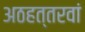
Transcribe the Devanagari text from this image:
अठहत्तरवां